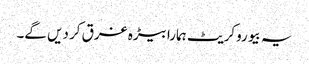
یہ بیوروکریٹ ہمارا بیڑہ غرق کر دیں گے۔